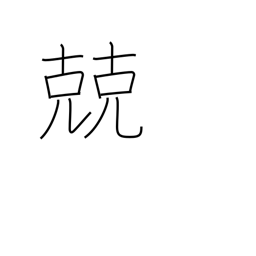
Meaning: discreet